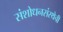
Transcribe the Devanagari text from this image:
संशोधनसंस्थेची